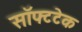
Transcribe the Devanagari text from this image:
सॉफ्टटेक